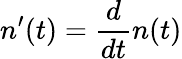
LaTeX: n^{\prime}(t)=\frac{d}{dt}n(t)